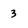
Character: 3